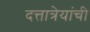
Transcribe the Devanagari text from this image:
दत्तात्रेयांची